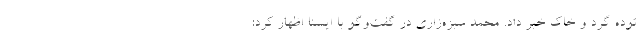
توده گرد و خاک خبر داد. محمد سبزه‌زاری در گفت‌وگو با ایسنا اظهار کرد: